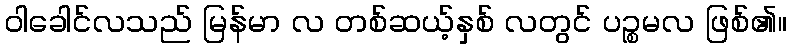
ဝါခေါင်လသည် မြန်မာ လ တစ်ဆယ့်နှစ် လတွင် ပဉ္စမလ ဖြစ်၏။